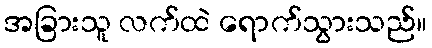
အခြားသူ လက်ထဲ ရောက်သွားသည်။